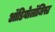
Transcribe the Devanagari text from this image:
ऑडियोलॉजिस्ट